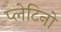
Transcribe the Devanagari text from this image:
प्लेटिनो